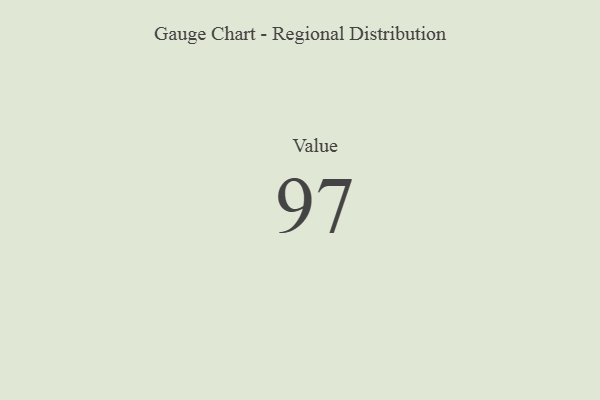
{"axis": {"x": "Metric", "y": "Value"}, "legend": [""], "data": [{"x": "Value", "y": 97, "type": ""}]}